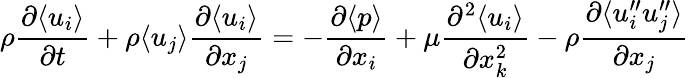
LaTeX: \rho\frac{\partial\langle{u_{i}}\rangle}{\partial t}+\rho\langle{u_{j}}\rangle\frac{\partial\langle{u_{i}}\rangle}{\partial x_{j}}=-\frac{\partial\langle{p}\rangle}{\partial x_{i}}+\mu\frac{\partial^{2}\langle{u_{i}}\rangle}{\partial x_{k}^{2}}-\rho\frac{\partial\langle{u_{i}^{\prime\prime}u_{j}^{\prime\prime}}\rangle}{\partial x_{j}}